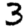
Digit: 3